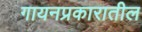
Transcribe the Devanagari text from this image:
गायनप्रकारातील